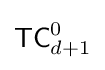
{\mathsf {TC}}_{d+1}^{0}